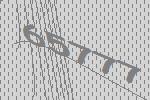
65777